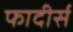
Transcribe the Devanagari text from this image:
फादीर्स